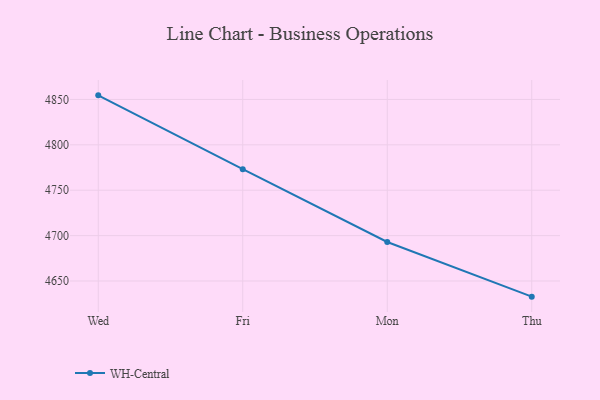
{"axis": {"x": "Day", "y": "Temperature (°C)"}, "legend": ["WH-Central"], "data": [{"x": "Wed", "y": 4854.5, "type": "WH-Central"}, {"x": "Fri", "y": 4773.2, "type": "WH-Central"}, {"x": "Mon", "y": 4693.0, "type": "WH-Central"}, {"x": "Thu", "y": 4632.8, "type": "WH-Central"}]}